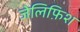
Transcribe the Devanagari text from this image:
जेलिफ़िश